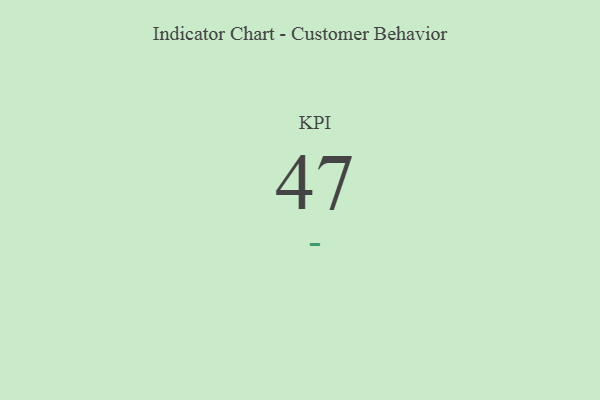
{"axis": {"x": "KPI", "y": "Value"}, "legend": [""], "data": [{"x": "KPI", "y": 47, "type": ""}]}